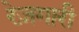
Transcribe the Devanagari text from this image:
रेज़गारी